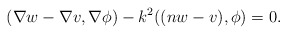
\begin{align*}( \nabla w - \nabla v, \nabla \phi ) - k^2 ((nw-v), \phi ) = 0.\end{align*}